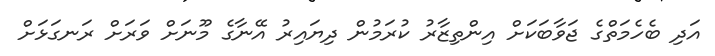
އަދި ބެހެމަތްގެ ޖަވާބަކަށް އިންތިޒާރު ކުރަމުން ދިޔައިރު އޭނާގެ މޫނަށް ވަރަށް ރަނގަޅަށް